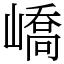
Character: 嶠